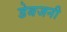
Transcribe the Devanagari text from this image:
डेबजनी